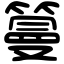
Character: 𥲑